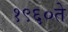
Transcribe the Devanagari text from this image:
१९६०ते